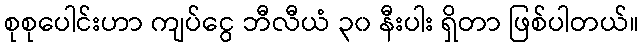
စုစုပေါင်းဟာ ကျပ်ငွေ ဘီလီယံ ၃၀ နီးပါး ရှိတာ ဖြစ်ပါတယ်။